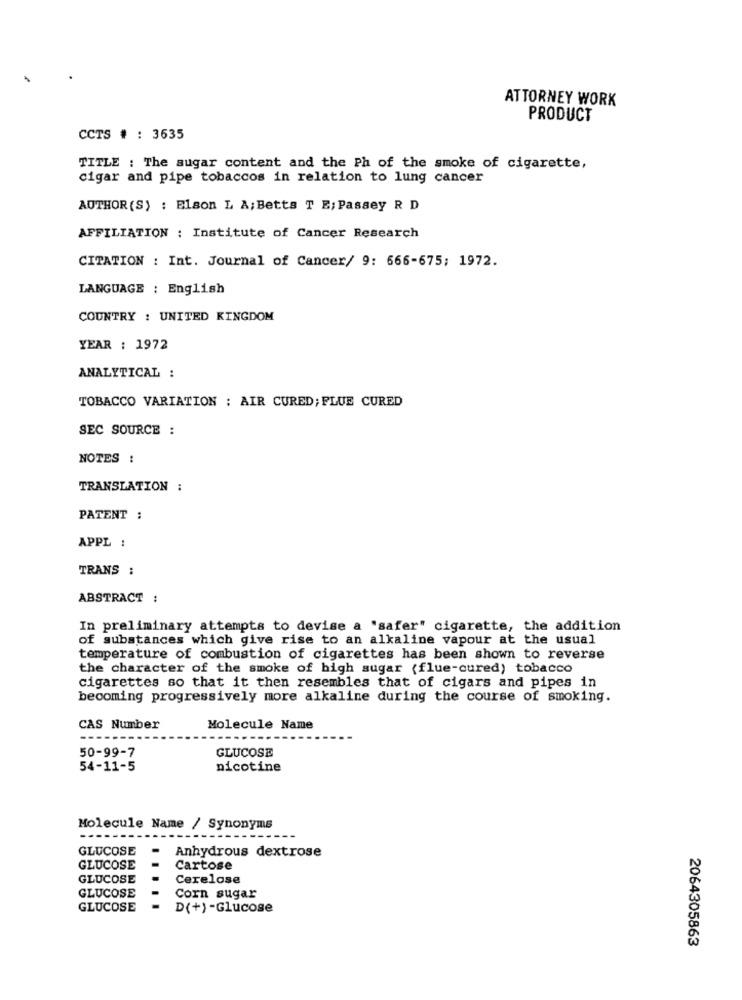
ATTORNEY WORK
PRODUCT
CCTS # : 3635
TITLE : The sugar content and the Ph of the smoke of cigarette,
cigar and pipe tobaccos in relation to lung cancer
AUTHOR (S) : Elson L A; Betts T E; Passey R D
AFFILIATION : Institute of Cancer Research
CITATION : Int. Journal of Cancer/ 9: 666-675; 1972.
LANGUAGE : English
COUNTRY : UNITED KINGDOM
YEAR : 1972
ANALYTICAL :
TOBACCO VARIATION : AIR CURED; FLUE CURED
SEC SOURCE :
NOTES :
TRANSLATION :
PATENT :
APPL :
TRANS :
ABSTRACT :
In preliminary attempts to devise a "safer" cigarette, the addition
of substances which give rise to an alkaline vapour at the usual
temperature of combustion of cigarettes has been shown to reverse
the character of the smoke of high sugar (flue-cured) tobacco
cigarettes so that it then resembles that of cigars and pipes in
becoming progressively more alkaline during the course of smoking.
CAS Number
Molecule Name
GLUCOSE
50-99-7
54-11-5
nicotine
Molecule Name / Synonyms
GLUCOSE
-
Anhydrous dextrose
GLUCOSE
Cartose
GLUCOSE
Cerelose
GLUCOSE
Corn sugar
GLUCOSE
D(+) -Glucose
2064305863